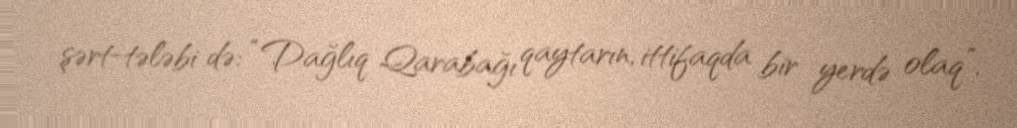
şərt-tələbi də: “Dağlıq Qarabağı qaytarın, ittifaqda bir yerdə olaq”.